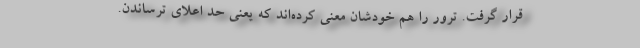
قرار گرفت. ترور را هم خودشان معنی کرده‌اند که یعنی حد اعلای ترساندن.